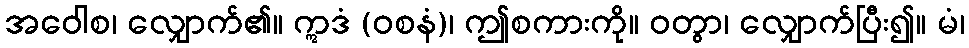
အဝေါစ၊ လျှောက်၏။ ဣဒံ (ဝစနံ)၊ ဤစကားကို။ ဝတွာ၊ လျှောက်ပြီး၍။ မံ၊